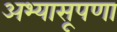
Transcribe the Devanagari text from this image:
अभ्यासूपणा